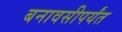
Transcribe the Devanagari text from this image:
बनावसीपर्यंत